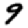
Digit: 9